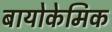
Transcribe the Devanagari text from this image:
बायोकेमिक